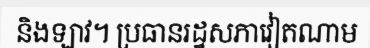
និងឡាវ។ ប្រធានរដ្ឋសភាវៀតណាម